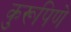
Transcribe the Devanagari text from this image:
कुरूपिणे